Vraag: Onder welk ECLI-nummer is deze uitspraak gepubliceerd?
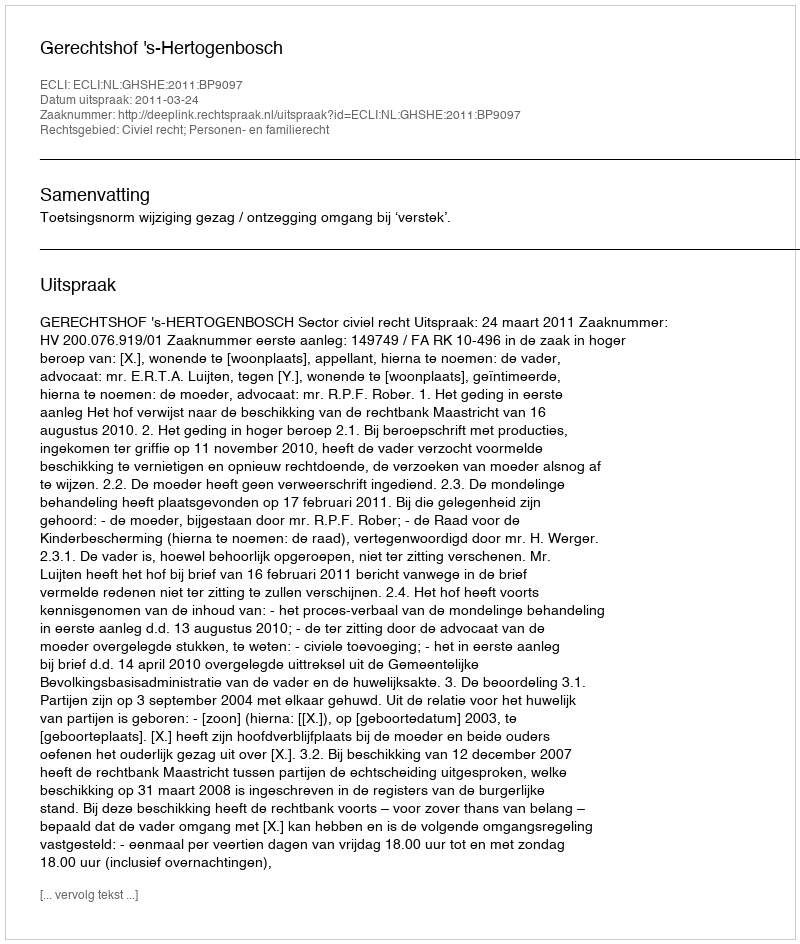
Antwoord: ECLI:NL:GHSHE:2011:BP9097